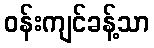
ဝန်းကျင်ခန့်သာ